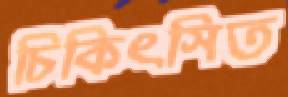
চিকিৎসিত